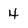
Character: 4